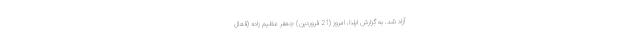
آزاد شد. به گزارش ایلنا، امروز (21 فروردین) جعفر عظیم ‌زاده (فعال